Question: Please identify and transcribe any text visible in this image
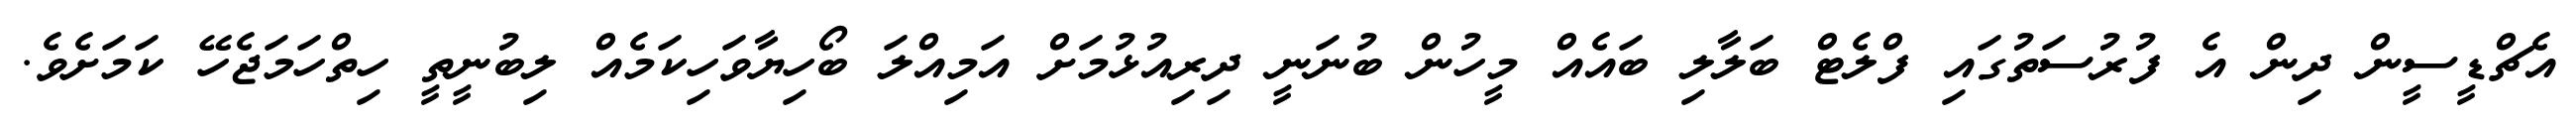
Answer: އެޗްޑީސީން ދިން އެ ފުރުސަތުގައި ފްލެޓް ބަލާލި ބައެއް މީހުން ބުނަނީ ދިރިއުޅުމަށް އަމިއްލަ ބޯހިޔާވަހިކަމެއް ލިބުނީތީ ހިތްހަމަޖެހޭ ކަމަށެވެ.